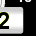
Digit: 2